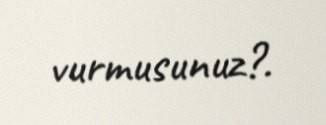
vurmusunuz?.